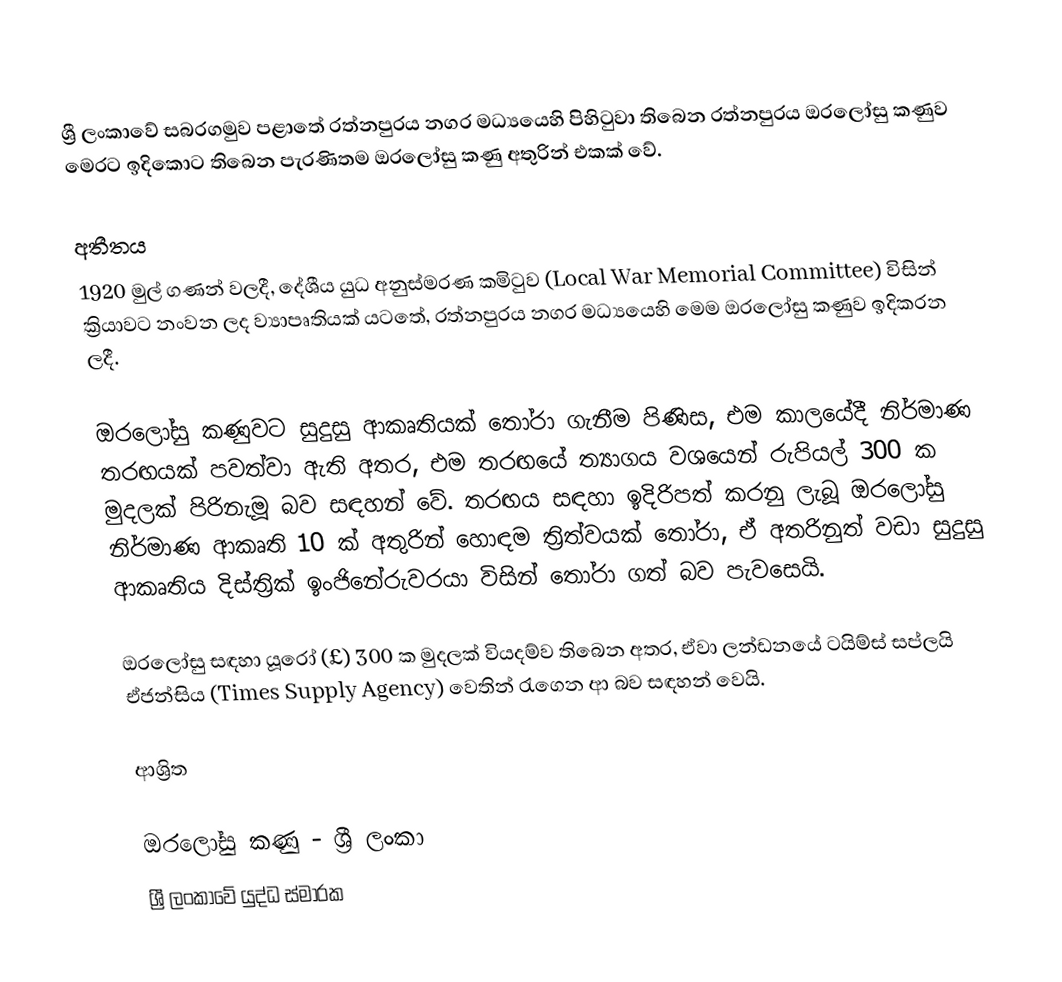
ශ්‍රී ලංකාවේ සබරගමුව පළාතේ රත්නපුරය නගර මධ්‍යයෙහි පිහිටුවා තිබෙන රත්නපුරය ඔරලෝසු කණුව මෙරට ඉදිකොට තිබෙන පැරණිතම ඔරලෝසු කණු අතුරින් එකක් වේ.

අතීතය
1920 මුල් ගණන් වලදී, දේශීය යුධ අනුස්මරණ කමිටුව (Local War Memorial Committee) විසින් ක්‍රියාවට නංවන ලද ව්‍යාපෘතියක් යටතේ, රත්නපුරය නගර මධ්‍යයෙහි මෙම ඔරලෝසු කණුව ඉදිකරන ලදී.

ඔරලෝසු කණුවට සුදුසු ආකෘතියක් තෝරා ගැනීම පිණිස, එම කාලයේදී නිර්මාණ තරඟයක් පවත්වා ඇති අතර, එම තරඟයේ ත්‍යාගය වශයෙන් රුපියල් 300 ක මුදලක් පිරිනැමූ බව සඳහන් වේ. තරඟය සඳහා ඉදිරිපත් කරනු ලැබූ ඔරලෝසු නිර්මාණ ආකෘති 10 ක් අතුරින් හොඳම ත්‍රිත්වයක් තෝරා, ඒ අතරිනුත් වඩා සුදුසු ආකෘතිය දිස්ත්‍රික් ඉංජිනේරුවරයා විසින් තෝරා ගත් බව පැවසෙයි.

ඔරලෝසු සඳහා යූරෝ (£) 300 ක මුදලක් වියදම්ව තිබෙන අතර, ඒවා ලන්ඩනයේ ටයිම්ස් සප්ලයි ඒජන්සිය (Times Supply Agency) වෙතින් රැගෙන ආ බව සඳහන් වෙයි.

ආශ්‍රිත

ඔරලෝසු කණු - ශ්‍රී ලංකා
ශ්‍රී ලංකාවේ යුද්ධ ස්මාරක